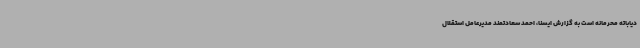
دیاباته محرمانه است به گزارش ایسنا، احمد سعادتمند مدیرعامل استقلال